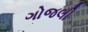
ગોજલી